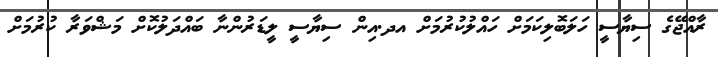
ރާއްޖޭގެ ސިޔާސީ ހަލަބޮލިކަމަށް ހައްލުކުރުމަށް އދ.އިން ސިޔާސީ ލީޑަރުންނާ ބައްދަލުކޮށް މަޝްވަރާ ކުރުމަށް